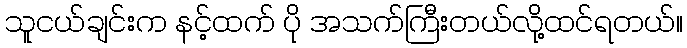
သူငယ်ချင်းက နင့်ထက် ပို အသက်ကြီးတယ်လို့ထင်ရတယ်။